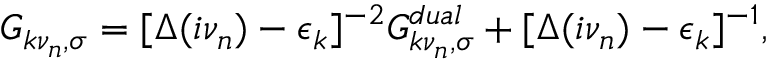
G _ { k \nu _ { n } , \sigma } = [ \Delta ( i \nu _ { n } ) - \epsilon _ { k } ] ^ { - 2 } G _ { k \nu _ { n } , \sigma } ^ { d u a l } + [ \Delta ( i \nu _ { n } ) - \epsilon _ { k } ] ^ { - 1 } ,